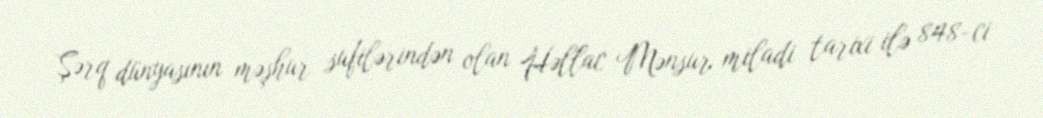
Şərq dünyasının məşhur sufilərindən olan Həllac Mənsur miladi tarixi ilə 848-ci